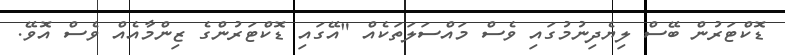
ޑޮކްޓަރުން ބޭސް ލިޔެދިނުމުގައި ވެސް މައްސަލަތަކެއް "އޭގައި ޑޮކްޓަރުންގެ ޒިންމާއެއް ވެސް އޮވޭ.